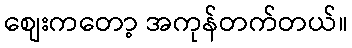
စျေးကတော့ အကုန်တက်တယ်။